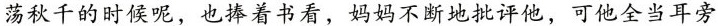
荡秋千的时候呢，也捧着书看，妈妈不断地批评他，可他全当耳旁